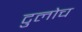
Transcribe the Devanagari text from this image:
टुलोच